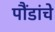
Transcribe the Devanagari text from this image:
पौंडांचे